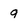
Character: 9